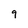
Character: 9